Vaccination in the Punjab 1867-1880 - 1867-1880
Year: 1867
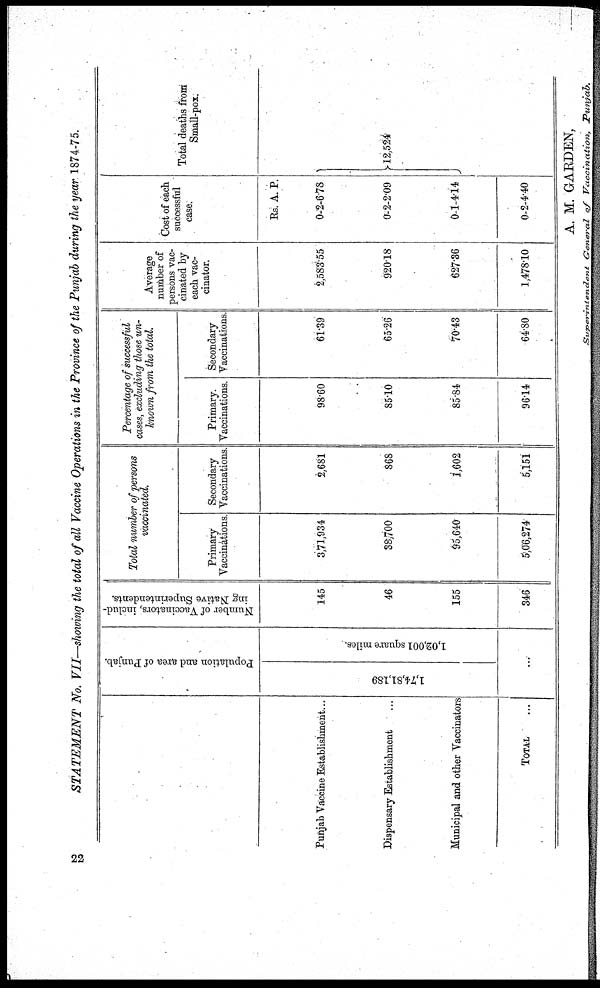
STATEMENT No. VII—showing the total of all Vaccine Operations in the Province of the Punjab during the year 1874-75.
Punjab Vaccine Establishment...
Dispensary Establishment ...
Municipal and other Vaccinators
TOTAL ...
Population and area of Punjab.
1,74,81,189
1,02,001 square miles.
...
Number of Vaccinators, includ-
ing Native Superintendents.
145
46
155
346
Total number of persons
vaccinated.
Primary-
Vaccinations.
3,71,934
38,700
95,640
5,06,274
Secondary
Vaccinations.
2,681
868
1,602
5,151
Percentage of successful
cases, excluding those un-
known from the total.
Primary.
Vaccinations.
98.60
85.10
85.84
96.14
Secondary
Vaccinations.
61.39
65.26
70.43
64.80
Average
number of
persons vac-
cinated by
each vac-
cinator.
2,583.55
920.18
627.36
1,478.10
Cost of each
successful
case.
Rs.
0
0
0
0
A.
2
2
1
2
P.
6.78
2.09
4.14
4.40
Total deaths from
Small-pox.
12,524
A. M. GARDEN,
Superintendent
General
of Vaccination,
Punjab.
22